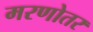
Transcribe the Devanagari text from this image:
मरणोतर